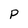
Character: p